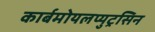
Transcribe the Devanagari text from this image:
कार्बमोयलप्युट्रसिन